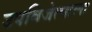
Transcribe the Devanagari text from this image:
उपविजेत्याला